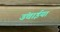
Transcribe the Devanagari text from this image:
उंचाईयां